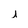
Character: i